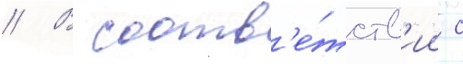
// В соотв'е́тств'ии с